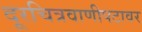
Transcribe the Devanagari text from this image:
दूरचित्रवाणीपटावर